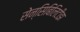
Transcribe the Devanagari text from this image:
सेन्सिबिलिटीझ